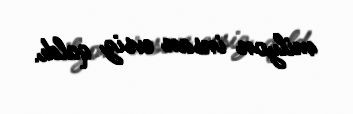
milyon insan evsiz qaldı.